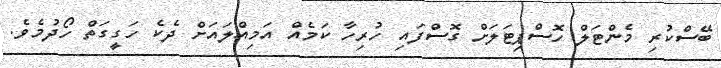
ބޭސްކުރި މެންޓަލް ހޮސްޕިޓަލަށް ގޮސްފައި ހުރިހާ ކަމެއް އަމިއްލައަށް ދެކެ ހަގީގަތް ހޯދުމެވެ.